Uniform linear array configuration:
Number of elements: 48
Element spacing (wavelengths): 1
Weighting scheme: kaiser
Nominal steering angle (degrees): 0
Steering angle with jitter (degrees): -1.479
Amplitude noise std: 0.05
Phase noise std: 0.05

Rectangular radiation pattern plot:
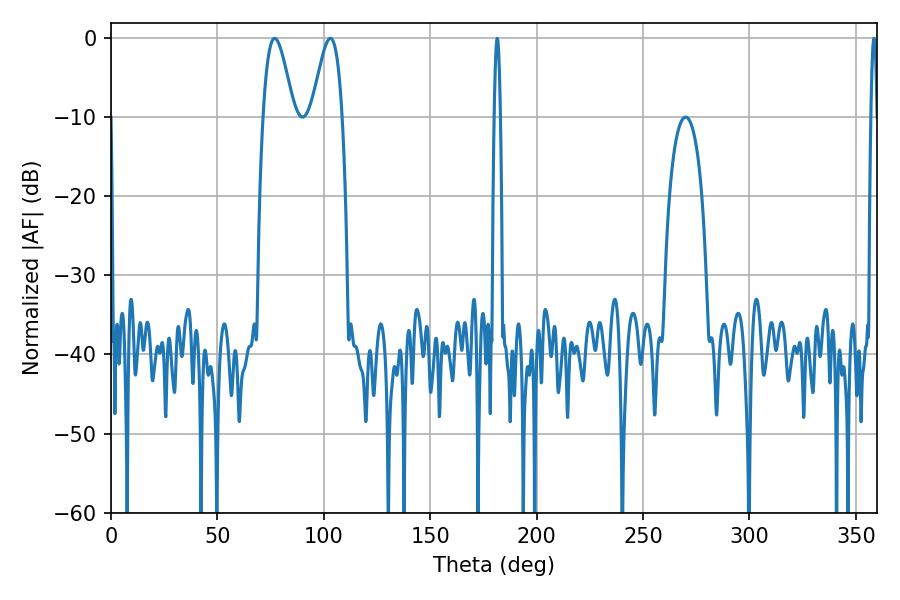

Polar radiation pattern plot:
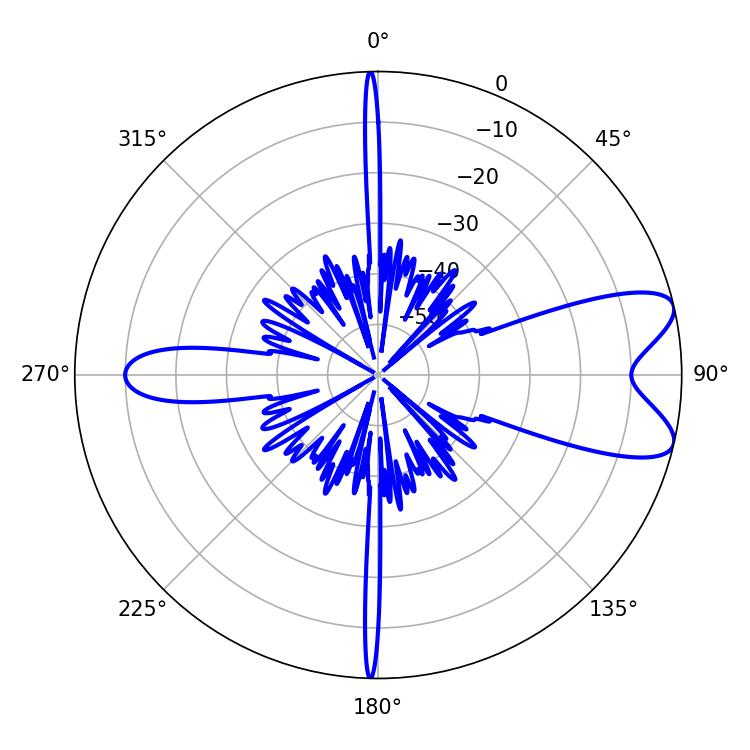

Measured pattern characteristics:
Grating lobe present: TRUE
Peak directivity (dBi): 8.5
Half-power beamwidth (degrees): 7.74
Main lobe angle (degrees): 76.86